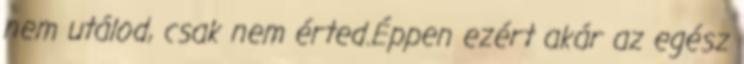
nem utálod, csak nem érted.Éppen ezért akár az egész